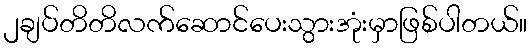
၂ချပ်တိတိလက်ဆောင်ပေးသွားအုံးမှာဖြစ်ပါတယ်။